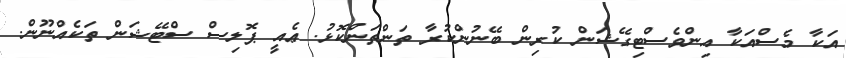
އަކާ މެސްއަކާ އިންވެސްޓިގޭޝަން ކުރިން ބޭނުންކުރާ ތަންތަންކޮޅު. ޢެއީ ޕޮލިސް ސްޓޭޝަން ތަކެއްނޫން.